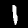
Digit: 1